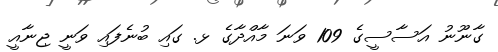
ގާނޫނު އަސާސީގެ 109 ވަނަ މާއްދާގެ ޅ. ގައި ބުނެފައި ވަނީ ޖިނާއީ